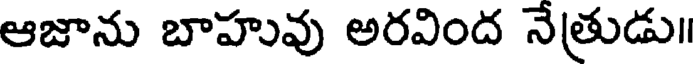
ఆజాను బాహువు అరవింద నేత్రుడు॥